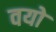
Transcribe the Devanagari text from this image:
वयो